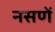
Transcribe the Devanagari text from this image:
नसणें